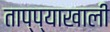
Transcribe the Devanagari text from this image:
ताप्प्याखाली